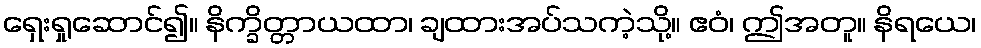
ရှေးရှုဆောင်၍။ နိက္ခိတ္တာယထာ၊ ချထားအပ်သကဲ့သို့။ ဧဝံ၊ ဤအတူ။ နိရယေ၊